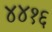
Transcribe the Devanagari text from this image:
४४१६